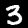
Digit: 3